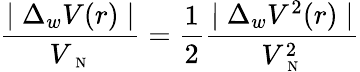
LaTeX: \frac{\mid\Delta_{w}V(r)\mid}{V_{\mathrm{~\scriptsize~N~}}}=\frac{1}{2}\frac{\mid\Delta_{w}V^{2}(r)\mid}{V_{\mathrm{~\scriptsize~N~}}^{2}}